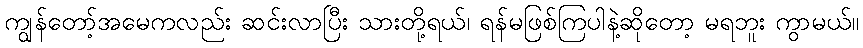
ကျွန်တော့်အမေကလည်း ဆင်းလာပြီး သားတို့ရယ်၊ ရန်မဖြစ်ကြပါနဲ့ဆိုတော့ မရဘူး ကွာမယ်။